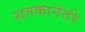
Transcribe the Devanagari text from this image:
शतकानंतरे